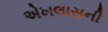
એખલાસની